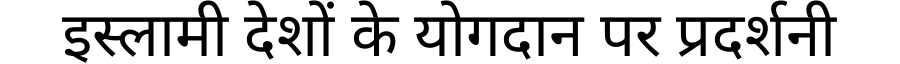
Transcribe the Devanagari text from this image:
इस्लामी देशों के योगदान पर प्रदर्शनी